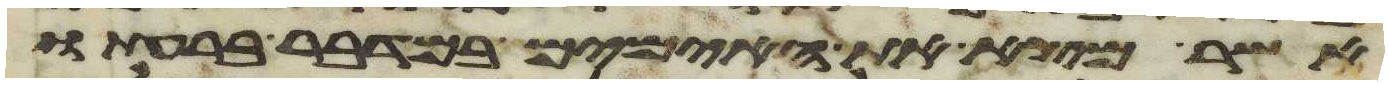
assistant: אשר מצא את האימים במדבר ברעתו